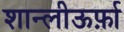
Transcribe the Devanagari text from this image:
शान्लीऊर्फ़ा